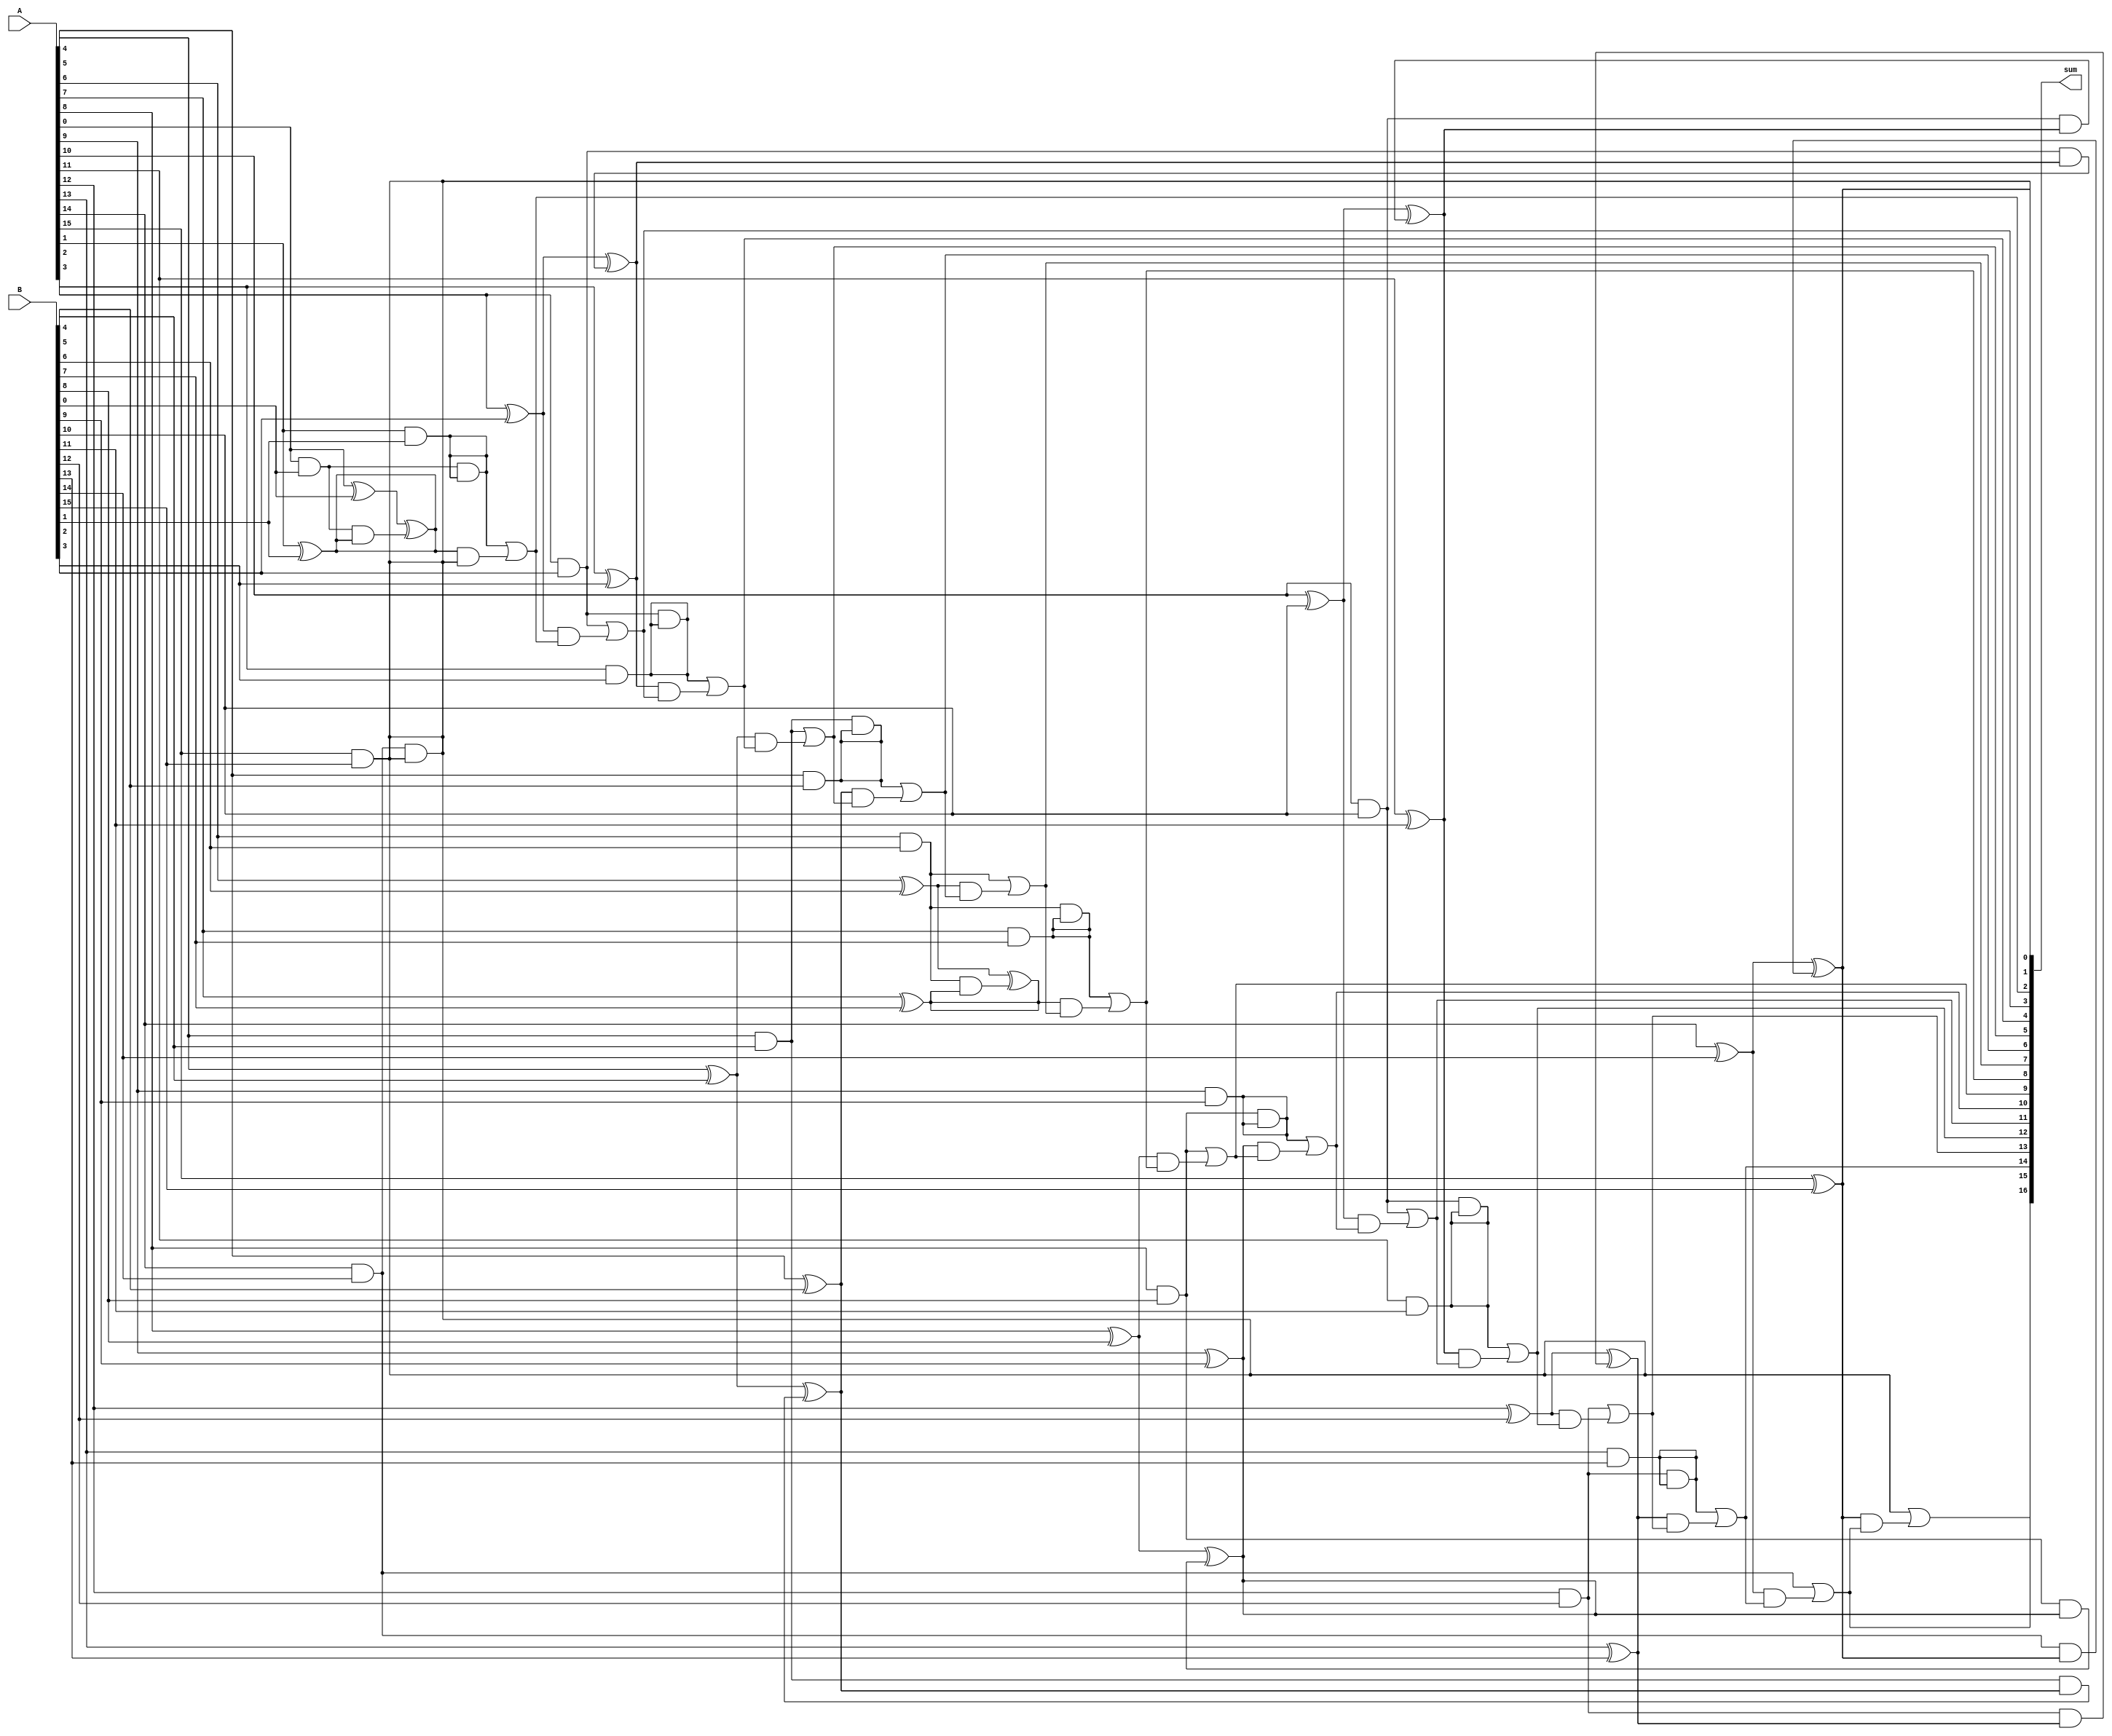
module kogge_stone_adder(
    input [15:0] A,
    input [15:0] B,
    output [16:0] sum
);

wire [15:0] P, G;

// Level 0
genvar i;
generate
    for (i = 0; i < 16; i = i + 1) begin : level0
        assign P[i] = A[i] ^ B[i];
        assign G[i] = A[i] & B[i];
    end
endgenerate

// Level 1
genvar j;
generate
    for (j = 0; j < 8; j = j + 1) begin : level1
       assign P[j*2+1] = P[j*2] ^ (G[j*2] & P[j*2+1]);
       assign G[j*2+1] = G[j*2] & G[j*2+1];
    end
endgenerate

// Level 2
genvar k;
generate
    for (k = 0; k < 4; k = k + 1) begin : level2
       assign P[k*4+3] = P[k*4+2] ^ (G[k*4+2] & P[k*4+3]);
       assign G[k*4+3] = G[k*4+2] & G[k*4+3];
    end
endgenerate

// Level 3
genvar l;
generate
    for (l = 0; l < 2; l = l + 1) begin : level3
       assign P[l*8+7] = P[l*8+6] ^ (G[l*8+6] & P[l*8+7]);
       assign G[l*8+7] = G[l*8+6] & G[l*8+7];
    end
endgenerate

// Level 4
assign sum[0] = P[15];
assign sum[1] = G[15];

// Generate the rest of the sum bits
genvar m;
generate
    for (m = 1; m < 16; m = m + 1) begin : gen_sum
        assign sum[m+1] = G[m] | (P[m] & sum[m]);
    end
endgenerate

endmodule